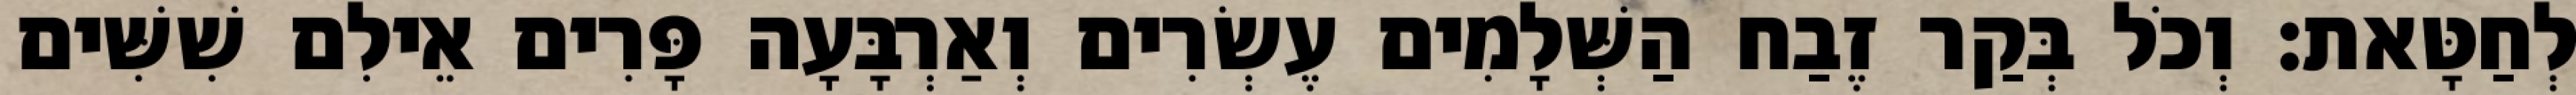
לְחַטָּאת׃ וְכֹל בְּקַר זֶבַח הַשְּׁלָמִים עֶשְׂרִים וְאַרְבָּעָה פָּרִים אֵילִם שִׁשִּׁים